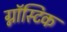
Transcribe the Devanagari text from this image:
ग्नॉस्टिक